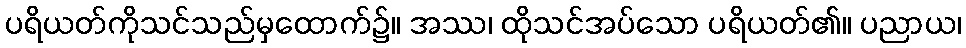
ပရိယတ်ကိုသင်သည်မှထောက်၌။ အဿ၊ ထိုသင်အပ်သော ပရိယတ်၏။ ပညာယ၊